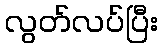
လွတ်လပ်ပြီး